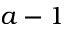
a - 1